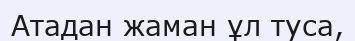
Атадан жаман ұл туса,